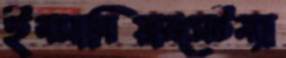
ইনসানিয়ারসেটম্যা